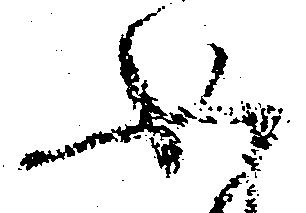
如